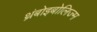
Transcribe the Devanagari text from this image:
थ्रंबोइबोलिज्म